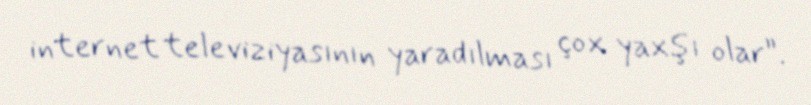
internet televiziyasının yaradılması çox yaxşı olar”.